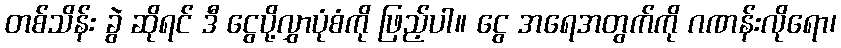
တစ်သိန်း ခွဲ ဆိုရင် ဒီ ငွေပို့လွှာပုံစံကို ဖြည့်ပါ။ ငွေ အရေအတွက်ကို ဂဏန်းလိုရော၊